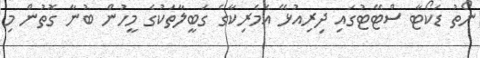
ނޯތު ޑަކޯޓާ ސްޓޭޓުގައި ދިރިއުޅޭ އެމެރިކާގެ ގަބީލާތަކުގެ މީހުން ބުނާ ގޮތުން މި